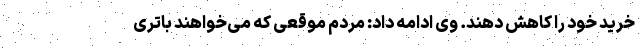
خرید خود را کاهش دهند. وی ادامه داد: مردم موقعی که می‌خواهند باتری